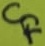
Text: CF